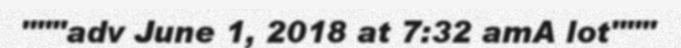
"""adv June 1, 2018 at 7:32 amA lot"""